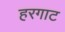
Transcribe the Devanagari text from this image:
हरगाट